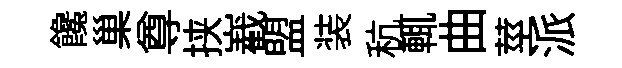
饞巢尊挟嶻盟装秔輒曲莖派